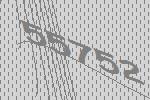
55752